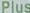
Plus